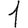
Digit: 1